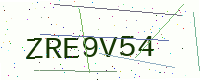
Text: ZRE9V54